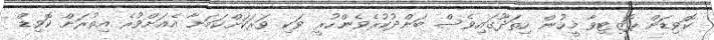
ކޮވިޑަށް ޕޮޒިޓިވާ މީހުން ހިތަދޫގައިވެސް ބަންދުކުރެވެންހުރީ ވަކި ވަރަކަށްކަމަށާ އެއަށްވުރެ އިތުރަށް ކޮވިޑް